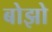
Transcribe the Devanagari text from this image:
बोझो